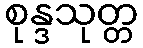
စုန္ဒသုတ္တ